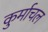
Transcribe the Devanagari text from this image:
कुर्माचल